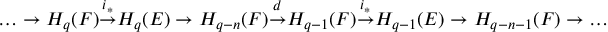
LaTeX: \dots \to H _ { q } ( F ) { \overset { i _ { * } } { \to } } H _ { q } ( E ) \to H _ { q - n } ( F ) { \overset { d } { \to } } H _ { q - 1 } ( F ) { \overset { i _ { * } } { \to } } H _ { q - 1 } ( E ) \to H _ { q - n - 1 } ( F ) \to \dots